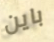
باين